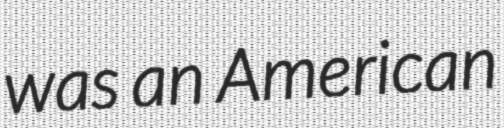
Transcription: was an American